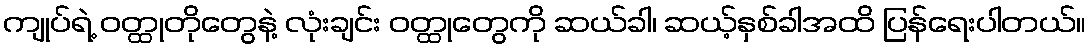
ကျုပ်ရဲ့ ဝတ္ထုတိုတွေနဲ့ လုံးချင်း ဝတ္ထုတွေကို ဆယ်ခါ၊ ဆယ့်နှစ်ခါအထိ ပြန်ရေးပါတယ်။